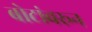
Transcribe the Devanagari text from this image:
बोटांवरून